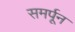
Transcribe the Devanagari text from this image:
समर्पून